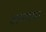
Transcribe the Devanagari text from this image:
अकामा